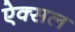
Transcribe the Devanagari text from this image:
ऐक्सल